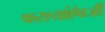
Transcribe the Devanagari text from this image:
फरश्यांऐवजी